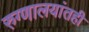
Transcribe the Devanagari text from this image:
रुग्णालयांतही